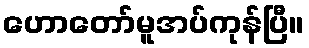
ဟောတော်မူအပ်ကုန်ပြီ။